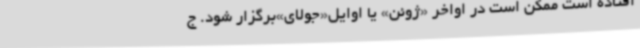
افتاده است ممکن است در اواخر «ژوئن» یا اوایل«جولای»‌برگزار شود. ج